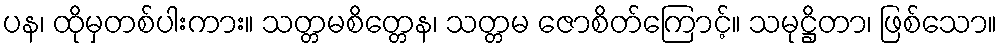
ပန၊ ထိုမှတစ်ပါးကား။ သတ္တမစိတ္တေန၊ သတ္တမ ဇောစိတ်ကြောင့်။ သမုဋ္ဌိတာ၊ ဖြစ်သော။